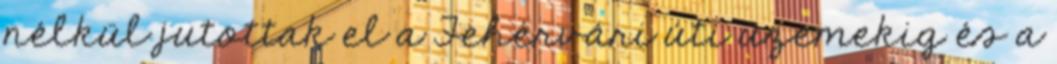
nélkül jutottak el a Fehérvári úti üzemekig és a